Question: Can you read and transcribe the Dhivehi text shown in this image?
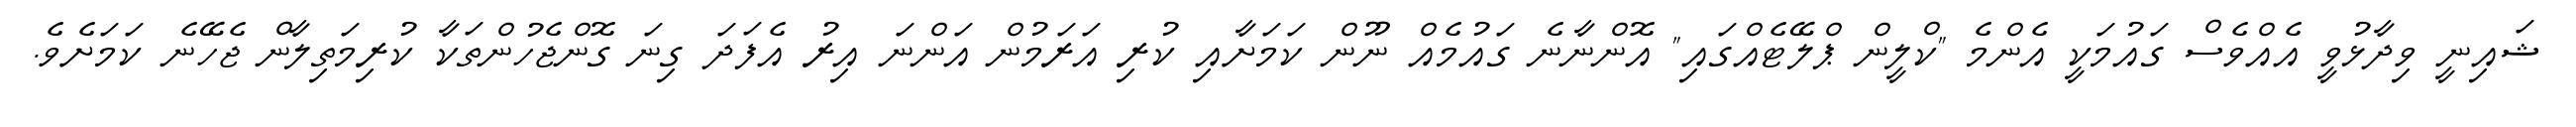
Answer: ޝައިނީ ވިދާޅުވީ އެއްވެސް ގައުމަކީ އެންމެ "ކްލީން ޕްލޭޓެއްގައި" އޮންނާނެ ގައުމެއް ނޫން ކަމަށާއި ކުރި އަރަމުން އަންނަ އިރު އެފަދަ ގިނަ ގޮންޖެހުންތަކާ ކުރިމަތިލާން ޖެހޭނެ ކަމަށެވެ.